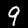
Label: 9